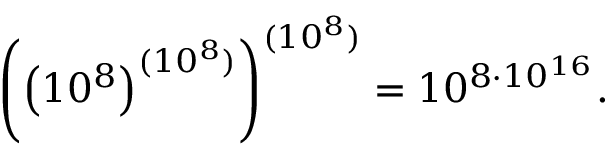
\left( \left( 1 0 ^ { 8 } \right) ^ { ( 1 0 ^ { 8 } ) } \right) ^ { ( 1 0 ^ { 8 } ) } = 1 0 ^ { 8 \cdot 1 0 ^ { 1 6 } } .